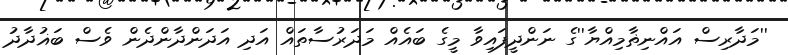
''މަދާރިސް އައްނިޡާމިއްޔާ''ގެ ނަންދީފައިވާ މީގެ ބައެއް މަދަރުސާތައް އަދި އަދަންދާންދެން ވެސް ބަޣުދާދު